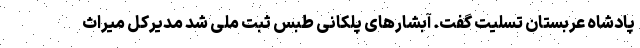
پادشاه عربستان تسلیت گفت. آبشارهای پلکانی طبس ثبت ملی شد مدیرکل میراث